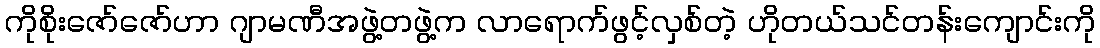
ကိုစိုးဇော်ဇော်ဟာ ဂျာမဏီအဖွဲ့တဖွဲ့က လာရောက်ဖွင့်လှစ်တဲ့ ဟိုတယ်သင်တန်းကျောင်းကို